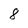
Character: 8